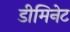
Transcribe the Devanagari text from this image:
डीमिनेट